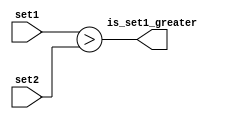
module magnitude_comparator(
    input wire [7:0] set1,
    input wire [7:0] set2,
    output wire is_set1_greater
);

assign is_set1_greater = (set1 > set2);

endmodule